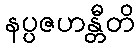
နပ္ပဇဟန္တီတိ